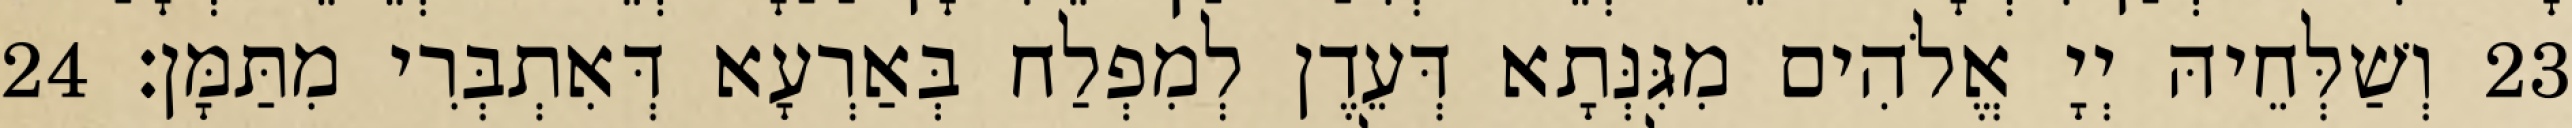
23 וְשַׁלְּחֵיהּ יְיָ אֱלֹהִים מִגִּנְּתָא דְּעֵדֶן לְמִפְלַח בְּאַרְעָא דְּאִתְבְּרִי מִתַּמָּן׃ 24